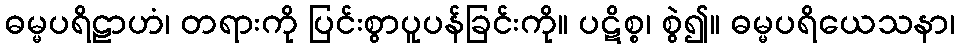
ဓမ္မပရိဠာဟံ၊ တရားကို ပြင်းစွာပူပန်ခြင်းကို။ ပဋိစ္စ၊ စွဲ၍။ ဓမ္မပရိယေသနာ၊